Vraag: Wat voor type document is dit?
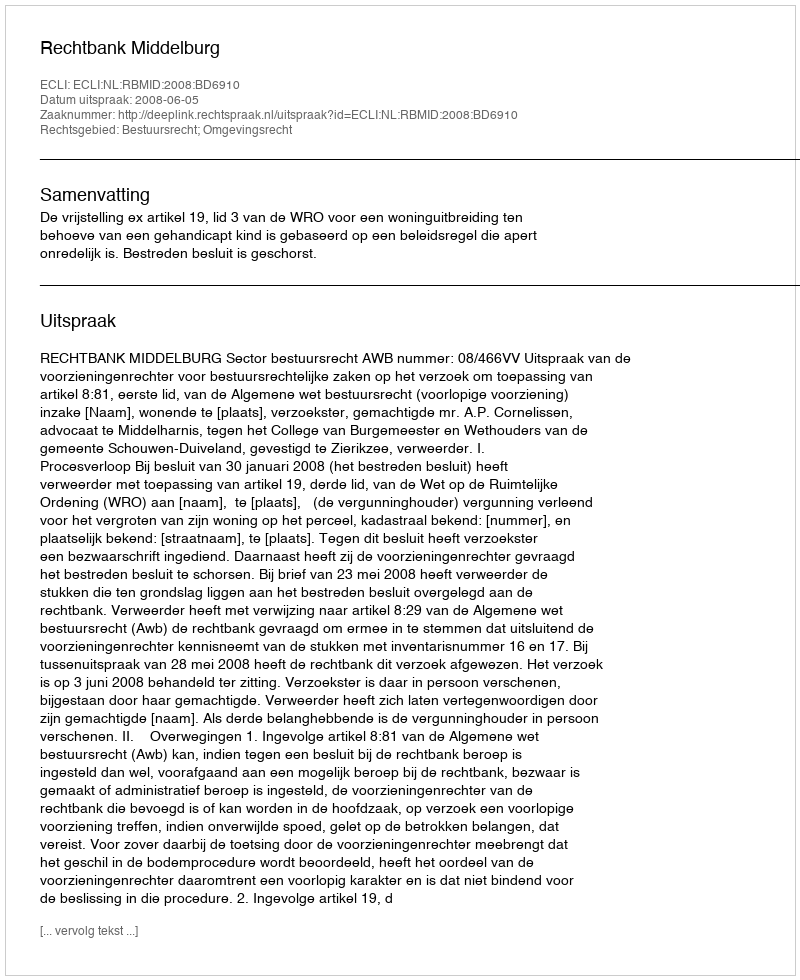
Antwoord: Uitspraak